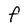
Character: F